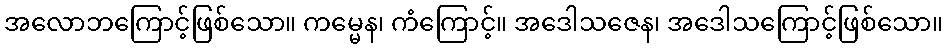
အလောဘကြောင့်ဖြစ်သော။ ကမ္မေန၊ ကံကြောင့်။ အဒေါသဇေန၊ အဒေါသကြောင့်ဖြစ်သော။